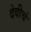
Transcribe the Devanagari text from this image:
देवीचं